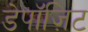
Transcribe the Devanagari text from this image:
डेपॉज़िट